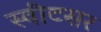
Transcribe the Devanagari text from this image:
स्वीटसर